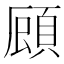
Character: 𮨇